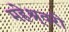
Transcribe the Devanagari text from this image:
महेश्र्वरी